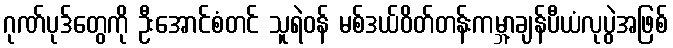
ဂုဏ်ပုဒ်တွေကို ဦးအောင်စံတင် သူရဲဝန် မစ်ဒယ်ဝိတ်တန်းကမ္ဘာ့ချန်ပီယံလုပွဲအဖြစ်